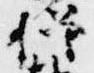
僧